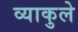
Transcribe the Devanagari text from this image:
व्याकुले